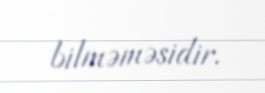
bilməməsidir.